Senior Leaving Certificate Examination (including Day School Certificate (Higher) General paper), 1948
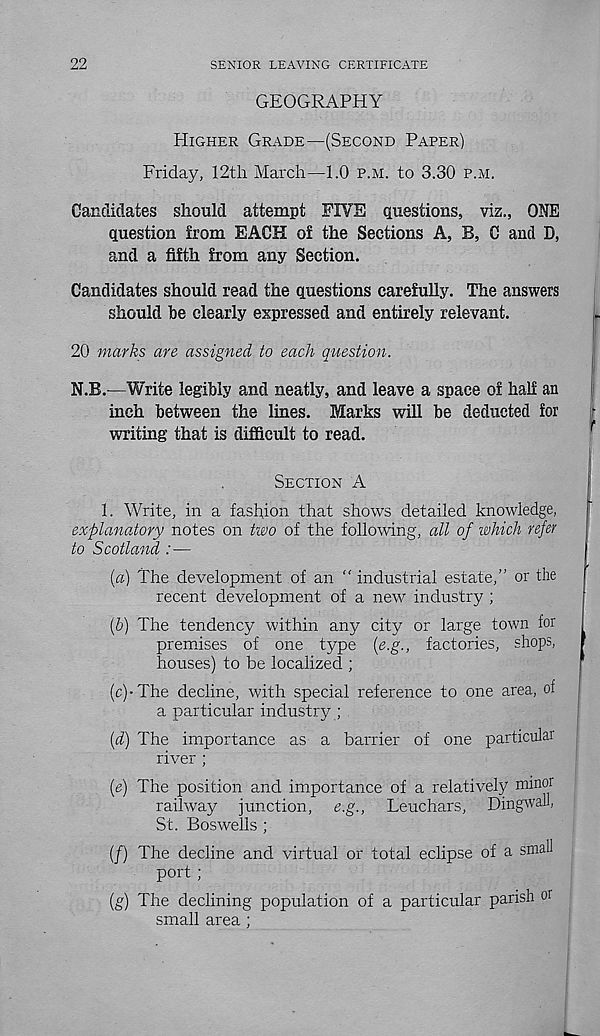
22
SENIOR LEAVING CERTIFICATE
GEOGRAPHY
HIGHER GRADE—(SECOND PAPER)
Friday, 12th March—1.0 P.M. to 3.30 P.M.
Candidates should attempt FIVE questions, viz., ONE
question from EACH of the Sections A, B, C and D,
and a fifth from any Section.
Candidates should read the questions carefully. The answers
should be clearly expressed and entirely relevant.
20 marks are assigned to each question.
N.B.—Write legibly and neatly, and leave a space of half an
inch between the lines. Marks will be deducted for
writing that is difficult to read.
SECTION A
1. Write, in a fashion that shows detailed knowledge,
explanatory notes on two of the following, all of which refer
to Scotland : —
[а) The development of an “ industrial estate,” or the
recent development of a new industry ;
(б) The tendency within any city or large town for
premises of one type [e.g., factories, shops,
houses) to be localized ;
(c)
-The decline, with special
a particular industry ;
(d) The importance as a barrier of one particular
river ;
(e) The position and importance of a relatively mino r
railway junction, e.g., Leuchars, Dingwall,
St. Boswells ;
(/) The decline and virtual or total eclipse of a small
port ;
(g) The declining population of a particular parish or
small area ;